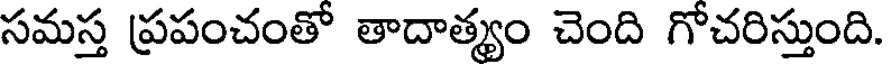
సమస్త ప్రపంచంతో తాదాత్యం చెంది గోచరిస్తుంది.